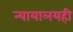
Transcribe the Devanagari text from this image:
न्यायालयही